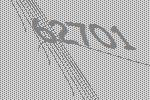
62701